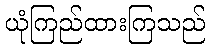
ယုံကြည်ထားကြသည်